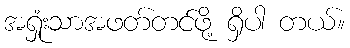
အရှုံးသာအဖတ်တင်ဖို့ ရှိပါ တယ်။